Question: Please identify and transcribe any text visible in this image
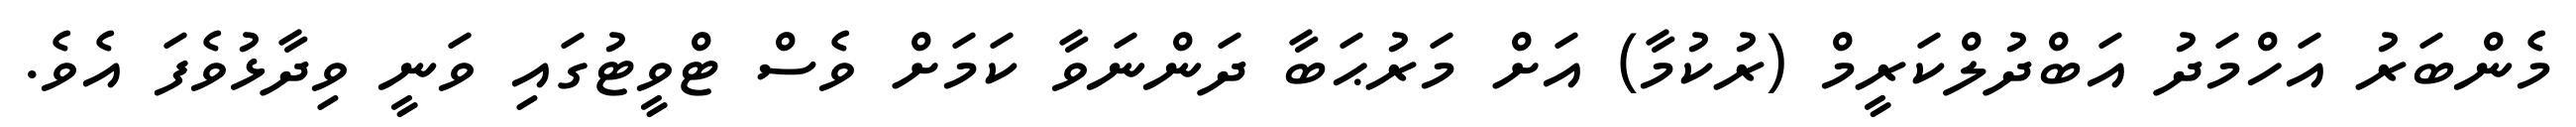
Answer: މެންބަރު އަހްމަދު އަބްދުލްކަރީމް (ރުކުމާ) އަށް މަރުޙަބާ ދަންނަވާ ކަމަށް ވެސް ޓްވީޓުގައި ވަނީ ވިދާޅުވެފަ އެވެ.